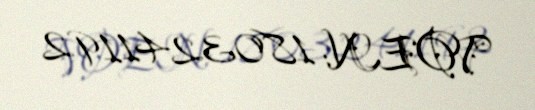
VOEN: 1803241192